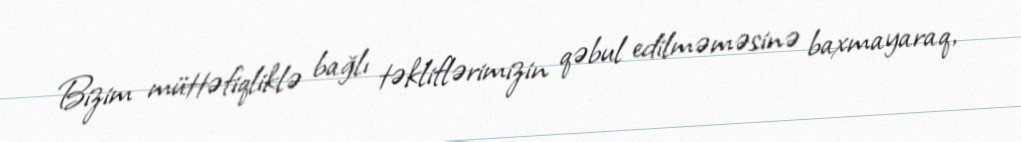
Bizim müttəfiqliklə bağlı təkliflərimizin qəbul edilməməsinə baxmayaraq,